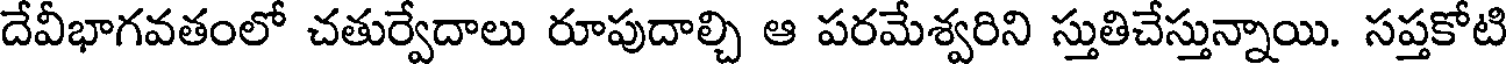
దేవీభాగవతంలో చతుర్వేదాలు రూపుదాల్చి ఆ పరమేశ్వరిని స్తుతిచేస్తున్నాయి. సప్తకోటి